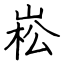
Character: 崧